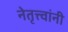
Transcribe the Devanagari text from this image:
नेतृत्त्वांनी